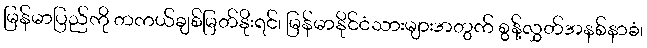
မြန်မာပြည်ကို တကယ်ချစ်မြတ်နိုးရင်၊ မြန်မာနိုင်ငံသားများအတွက် စွန့်လွှတ်အနစ်နာခံ၊